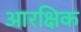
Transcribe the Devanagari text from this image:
आरक्षिक